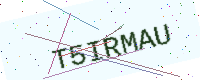
Text: T5IRMAU